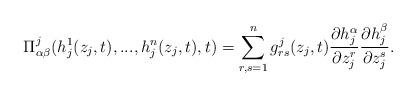
LaTeX: \begin{align*}\Pi_{\alpha\beta}^j(h_j^1(z_j,t),...,h_{j}^n(z_j,t),t)=\sum_{r,s=1}^n g_{rs}^j(z_j,t)\frac{\partial h_{j}^{\alpha}}{\partial z_j^r}\frac{\partial h_{j}^{\beta}}{\partial z_j^s}.\end{align*}